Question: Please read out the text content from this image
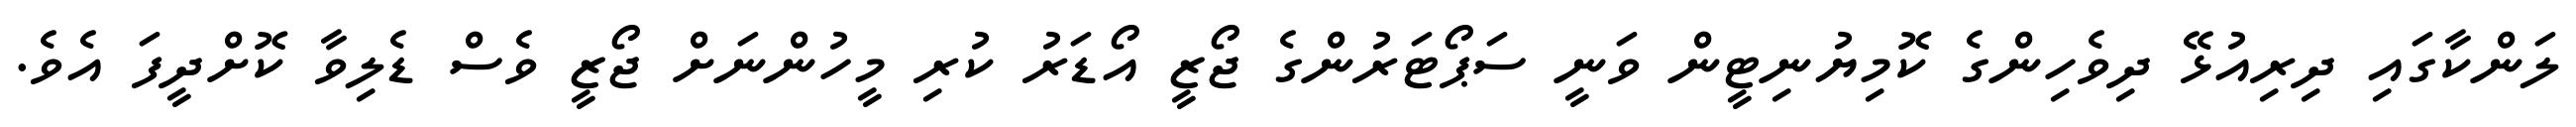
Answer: ލަންކާގައި ދިރިއުޅޭ ދިވެހިންގެ ކޮމިޔުނިޓީން ވަނީ ސަޕޯޓަރުންގެ ޖޯޒީ އޯޑަރު ކުރި މީހުންނަށް ޖޯޒީ ވެސް ޑެލިވާ ކޮށްދީފަ އެވެ.